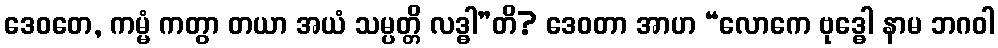
ဒေဝတေ, ကမ္မံ ကတွာ တယာ အယံ သမ္ပတ္တိ လဒ္ဓါ”တိ? ဒေဝတာ အာဟ “လောကေ ဗုဒ္ဓေါ နာမ ဘဂဝါ